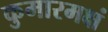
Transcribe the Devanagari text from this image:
कुमारमक्षं